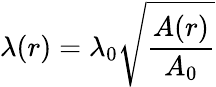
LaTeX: \lambda(r)=\lambda_{0}\sqrt{\frac{A(r)}{A_{0}}}